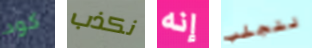
كود نكذب إنه لنجلب